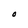
Character: O